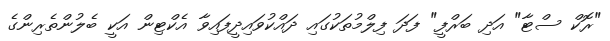
"ރޮކް ސްޓާ" އަދި ބަރްފީ" ފަދަ ފިލްމުތަކުގައި ދައްކުވައިދީފައިވާ އެކްޓިން އަކީ ބެލުންތެރިންގެ